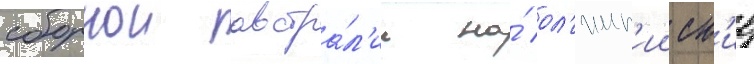
сборнои австра́л'ии на́ ол'имп'ииск'ие